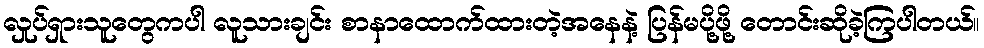
လှုပ်ရှားသူတွေကပါ လူသားချင်း စာနာထောက်ထားတဲ့အနေနဲ့ ပြန်မပို့ဖို့ တောင်းဆိုခဲ့ကြပါတယ်။